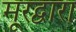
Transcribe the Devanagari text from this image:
मूरद्वारा